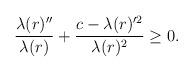
LaTeX: \begin{align*}\frac{\lambda(r)''}{\lambda(r)}+\frac{c-\lambda(r)'^{2}}{\lambda(r)^{2}}\geq 0.\end{align*}